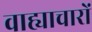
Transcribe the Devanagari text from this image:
वाह्याचारों